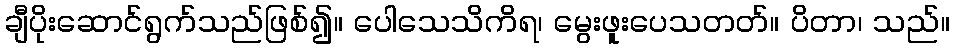
ချီပိုးဆောင်ရွက်သည်ဖြစ်၍။ ပေါသေသိကိရ၊ မွေးဖူးပေသတတ်။ ပိတာ၊ သည်။